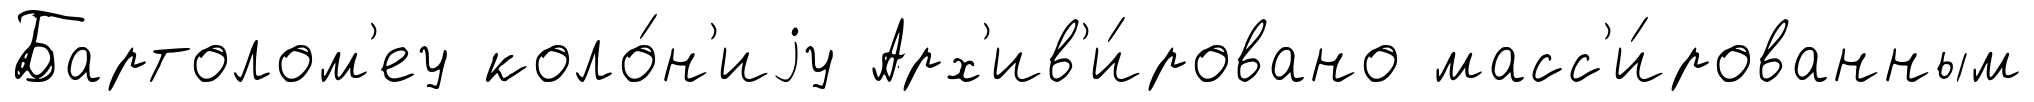
Бартолом'еу коло́н'иjу Арх'ив'и́ровано масс'и́рованным